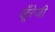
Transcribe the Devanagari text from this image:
खूँरेजी